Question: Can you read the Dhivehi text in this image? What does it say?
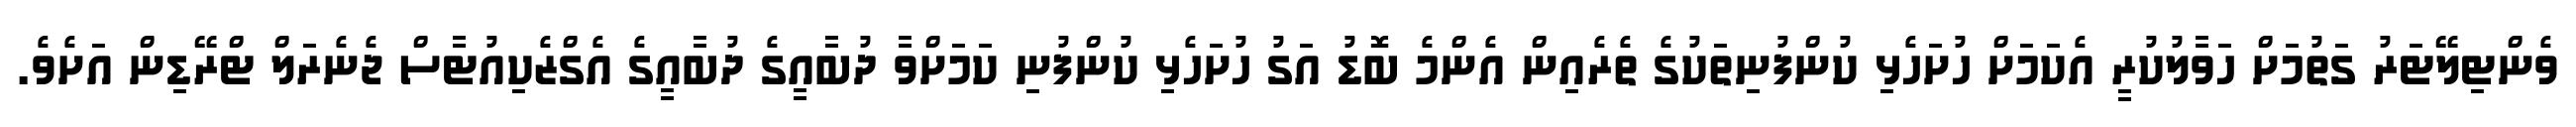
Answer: ވެންޓިލޭޓަރު ގަތުމަށް ހަވާލުކުރީ އެކަމަށް ހުށަހެޅި ކުންފުނިތަކުގެ ތެރެއިން އެންމެ ބޮޑު އަގު ހުށަހެޅި ކުންފުނި ކަމަށްވާ ދުބާއީގެ ދުބާއީގެ އެގްޒެކިއުޓާސް ޖެނެރަލް ޓްރޭޑިން އަށެވެ.